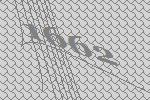
1662